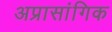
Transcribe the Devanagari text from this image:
अप्रासांगिक